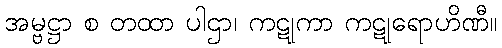
အမ္ဗဋ္ဌာ စ တထာ ပါဌာ၊ ကဋုကာ ကဋုရောဟိဏီ။